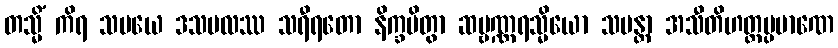
တသ္မိံ ကိရ သမယေ ဒသဗလဿ သရီရတော နိက္ခမိတွာ ဆဗ္ဗဏ္ဏရသ္မိယော သမန္တာ အသီတိဟတ္ထပ္ပမာဏေ